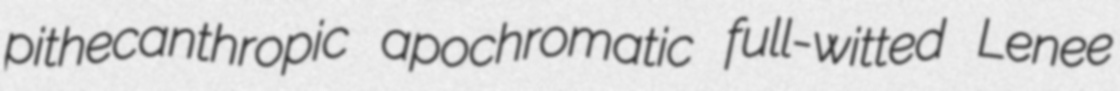
pithecanthropic apochromatic full-witted Lenee